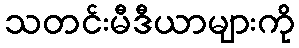
သတင်းမီဒီယာများကို